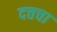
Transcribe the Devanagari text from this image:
दत्तचा